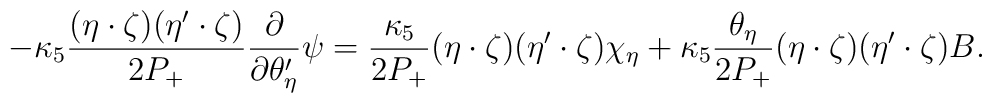
-\kappa_5\frac{(\eta\cdot\zeta)(\eta'\cdot\zeta)}{2P_+}\frac{\partial}{\partial\theta'_\eta}\psi = \frac{\kappa_5}{2P_+} (\eta\cdot\zeta)(\eta'\cdot\zeta)\chi_\eta + \kappa_5\frac{\theta_\eta}{2P_+}(\eta\cdot\zeta)(\eta'\cdot\zeta) B.